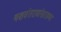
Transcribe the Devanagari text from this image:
यशवंतरावांसारख्या